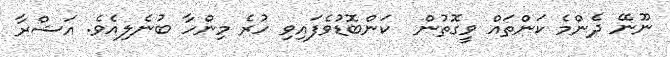
ނޫނޭ ދެންމެ ކަންތައް ވީގޮތުން  ކަންބޮޑުވެފައިވި ހުރެ މިންހާ ބުނެލިއެވެ. އަޝްރާ